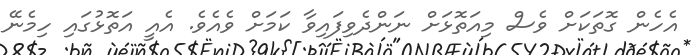
އެހެން ގޮތަކަށް ވެސް މިއަތޮޅަށް ނަންދެވިފައިވާ ކަމަށް ވެއެވެ. އެއީ އަތޮޅުގައި ހިމެނޭ